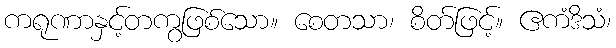
ကရုဏာနှင့်တကွဖြစ်သော။ စေတသာ၊ စိတ်ဖြင့်။ ဧကံဒိသံ၊